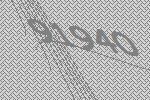
91940